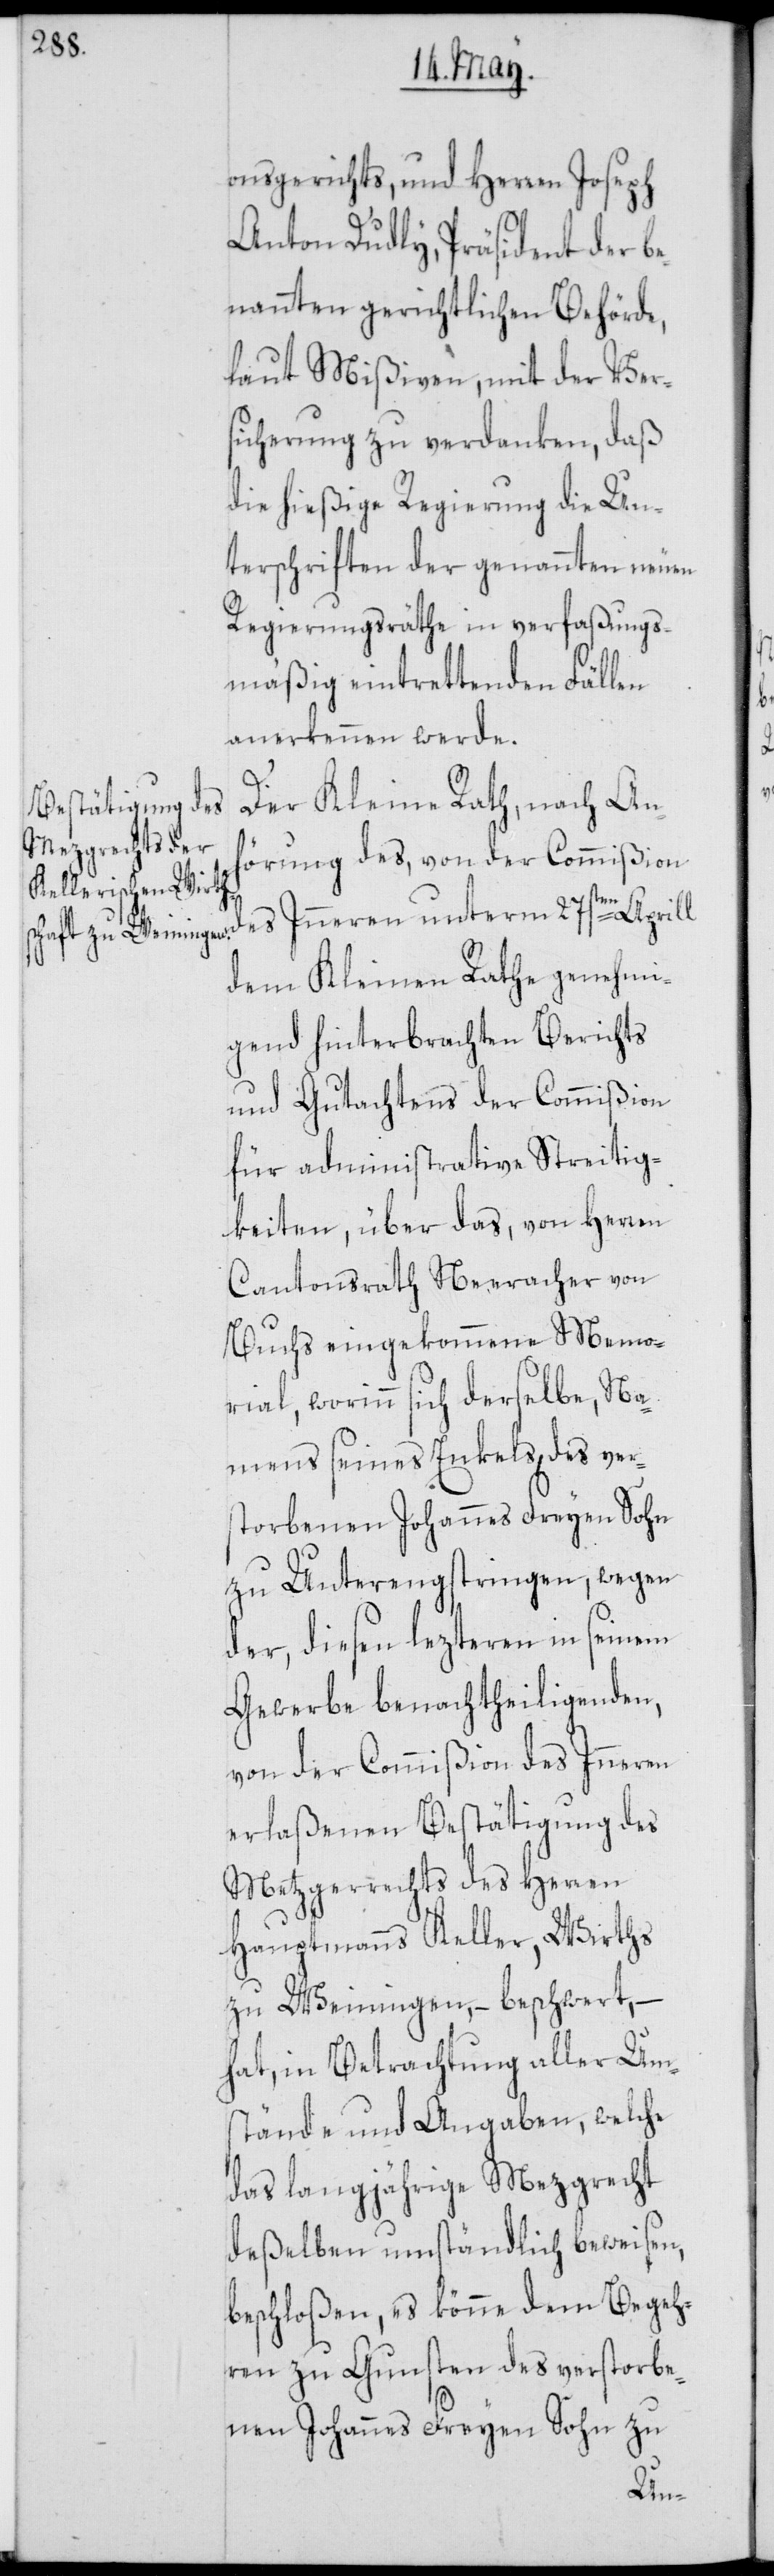
onsgerichts, und Herren Joseph
Anton Dudly, Präsident der be¬
nannten gerichtlichen Behörde,
laut Mißiven, mit der Ver¬
sicherung zu verdanken, daß
die hießige Regierung die Un¬
terschriften der genannten neuen
Regierungsräthe in verfaßungs¬
mäßig eintrettenden Fällen
anerkennen werde.
Der Kleine Rath, nach Anh¬
örung des, von der Commißion
des Inneren unterm 27sten Aprill
dem Kleinen Rathe genehmi¬
gend hinterbrachten Berichts
und Gutachtens der Commißion
für administrative Streitig¬
keiten, über das, von Herren
Cantonsrath Neeracher von
Buchs eingekommene Memo¬
rial, worinn sich derselbe, Na¬
mens seines Enkels, des ver¬
storbenen Johannes Freyen Sohn
zu Unterengstringen, wegen
der, diesen lezteren in seinem
Gewerbe benachtheiligenden,
von der Commißion des Inneren
erlaßenen Bestätigung des
Metzgerrechts des Herren
Hauptmanns Keller, Wirths
zu Weiningen, – beschwert, –
hat, in Betrachtung aller Um¬
stände und Angaben, welche
das langjährige Mezgrecht
deßelben umständlich beweisen,
beschloßen, es könne dem Begeh¬
ren zu Gunsten des verstorbe¬
nen Johannes Freyen Sohn zu